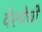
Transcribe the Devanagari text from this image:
वेश्येची